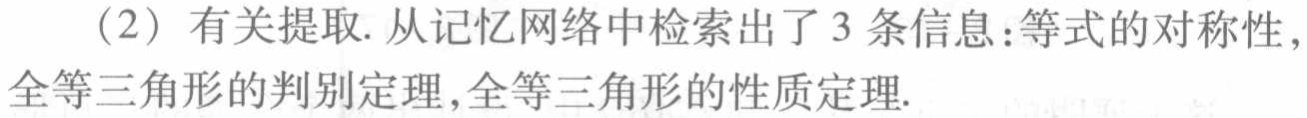
（2）有关提取.从记忆网络中检索出了3条信息：等式的对称性，全等三角形的判别定理，全等三角形的性质定理.